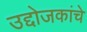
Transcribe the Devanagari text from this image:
उद्दोजकांचे